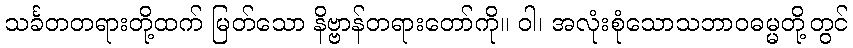
သင်္ခတတရားတို့ထက် မြတ်သော နိဗ္ဗာန်တရားတော်ကို။ ဝါ၊ အလုံးစုံသောသဘာဝဓမ္မတို့တွင်